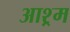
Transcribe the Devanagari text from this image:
आश्र्म